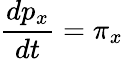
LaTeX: \frac{dp_{x}}{dt}=\pi_{x}